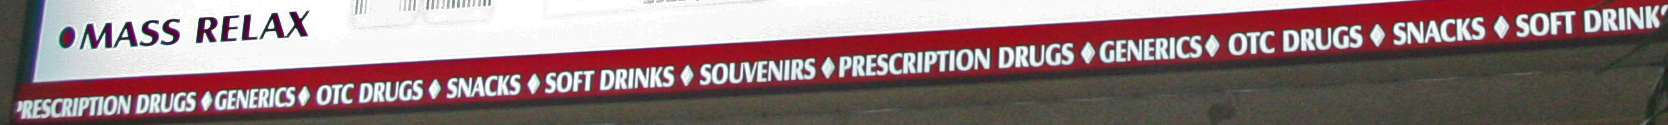
PRESCRIPTION DRUGS GENERICS OTC DRUGS SNACKS SOFT DRINKS SOUVENIRS PRESCRIPTION DRUGS GENERICS OTC DRUGS SNACKS SOFT DRINK